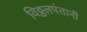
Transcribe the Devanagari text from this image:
विठ्ठलपंतानी